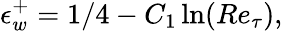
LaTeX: \epsilon_{w}^{+}=1/4-C_{1}\ln(Re_{\tau}),